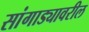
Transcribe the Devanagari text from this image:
सांगाड्यावरील